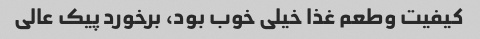
کیفیت و‌طعم غذا خیلی خوب بود، برخورد پیک عالی